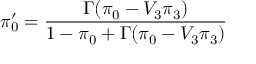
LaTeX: \pi _ { 0 } ^ { \prime } = \frac { \Gamma ( \pi _ { 0 } - V _ { 3 } \pi _ { 3 } ) } { 1 - \pi _ { 0 } + \Gamma ( \pi _ { 0 } - V _ { 3 } \pi _ { 3 } ) }